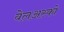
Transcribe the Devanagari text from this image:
वेलअस्को